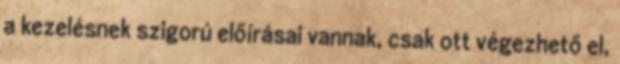
a kezelésnek szigorú előírásai vannak, csak ott végezhető el,